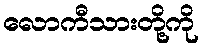
လောကီသားတို့ကို